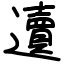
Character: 䢱